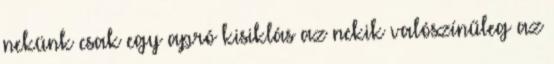
nekünk csak egy apró kisiklás az nekik valószínűleg az